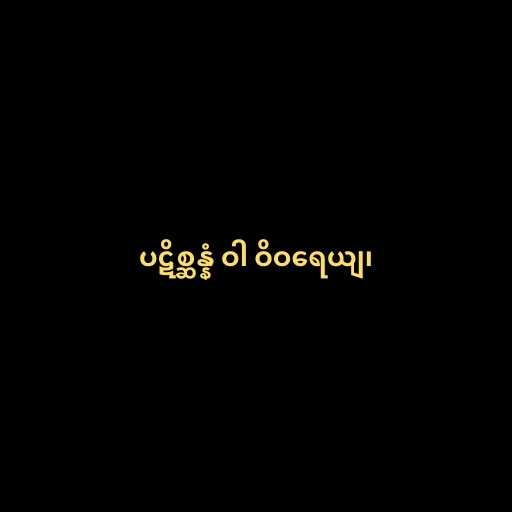
ပဋိစ္ဆန္နံ ဝါ ဝိဝရေယျ၊